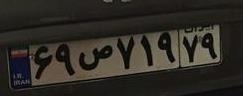
۶۹ص۷۱۹۷۹